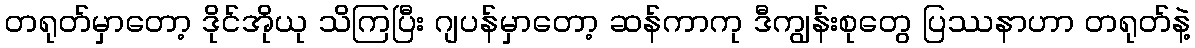
တရုတ်မှာတော့ ဒိုင်အိုယု သိကြပြီး ဂျပန်မှာတော့ ဆန်ကာကု ဒီကျွန်းစုတွေ ပြဿနာဟာ တရုတ်နဲ့